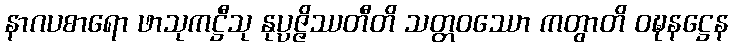
နာဂပစာရော ဖာသုကဋ္ဌီသု နုပ္ပဇ္ဇိဿတီတိ သတ္တဝဿော ကတွာတိ ဝဍ္ဎနဋ္ဌေန